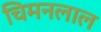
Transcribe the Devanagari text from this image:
चिमनलाल